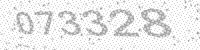
Solution: 073328